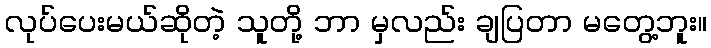
လုပ်ပေးမယ်ဆိုတဲ့ သူတို့ ဘာ မှလည်း ချပြတာ မတွေ့ဘူး။